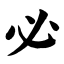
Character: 必